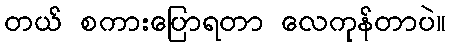
တယ် စကားပြောရတာ လေကုန်တာပဲ။